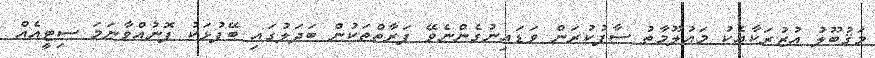
މަޤުބޫލު އުޒުރަކާއެކު މަޢުލޫމާތު ސާފުކުރަން ވަޑައިނުގެންނެވޭ ފަރާތްތަކުން ބަދަލުގައި ބޭފުޅަކު ފޮނުއްވާނަމަ ސިޓީއެއް